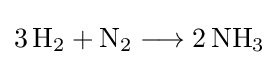
{3\,\mathrm {H} {\vphantom {A}}_{\smash[{t}]{2}}{}+{}\mathrm {N} {\vphantom {A}}_{\smash[{t}]{2}}{}\mathrel {\longrightarrow } {}2\,\mathrm {NH} {\vphantom {A}}_{\smash[{t}]{3}}}